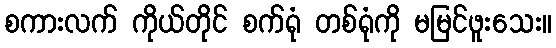
စကားလက် ကိုယ်တိုင် စက်ရုံ တစ်ရုံကို မမြင်ဖူးသေး။